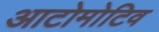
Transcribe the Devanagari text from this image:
आटोमोटिव